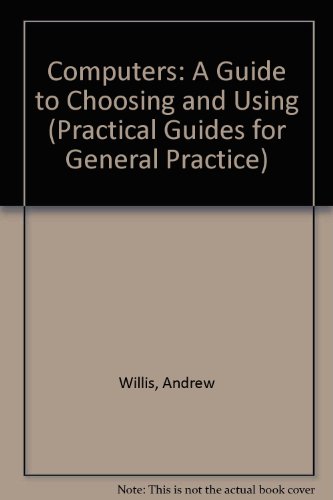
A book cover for Computers: A Guide to Choosing and Using (Practical Guides for General Practice); Andrew Willis; Medical Books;